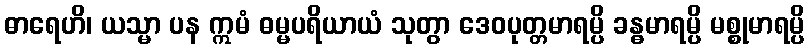
ဓာရေဟိ၊ ယသ္မာ ပန ဣမံ ဓမ္မပရိယာယံ သုတွာ ဒေဝပုတ္တမာရမ္ပိ ခန္ဓမာရမ္ပိ မစ္စုမာရမ္ပိ